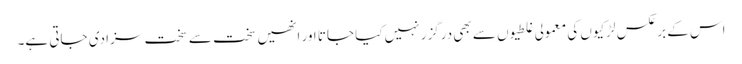
اس کے برعکس لڑکیوں کی معمولی غلطیوں سے بھی درگزر نہیں کیا جاتا اور انھیں سخت سے سخت سزا دی جاتی ہے۔